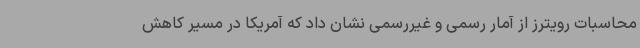
محاسبات رویترز از آمار رسمی و غیررسمی نشان داد که آمریکا در مسیر کاهش